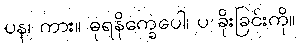
ပန၊ ကား။ ဓုရနိက္ခေပေါ၊ ပ ခိုးခြင်းကို။